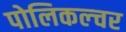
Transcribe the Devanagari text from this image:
पोलिकल्चर